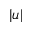
| u |